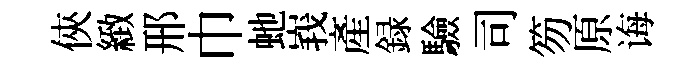
俠緻邢巾虵峩產録驗司笏原诲